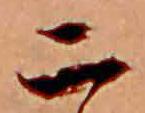
二